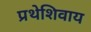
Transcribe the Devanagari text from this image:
प्रथेशिवाय